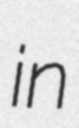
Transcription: in